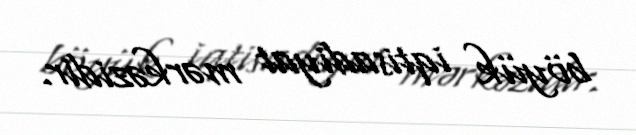
böyük iqtisadiyat mərkəzidir.